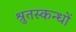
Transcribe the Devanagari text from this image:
श्रुतस्कन्धों